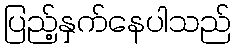
ပြည့်နှက်နေပါသည်